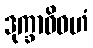
ဒုက္ခာဓိဝဟံ